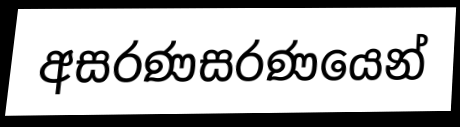
අසරණසරණයෙන්